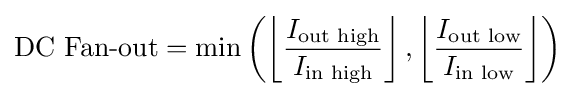
{\text{DC Fan-out}}=\operatorname {min} \left(\left\lfloor {\frac {I_{\text{out high}}}{I_{\text{in high}}}}\right\rfloor ,\left\lfloor {\frac {I_{\text{out low}}}{I_{\text{in low}}}}\right\rfloor \right)